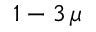
1 - 3 \, \mu